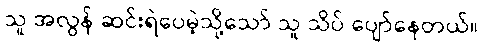
သူ အလွန် ဆင်းရဲပေမဲ့သို့သော် သူ သိပ် ပျော်နေတယ်။